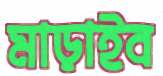
মাড়াইব